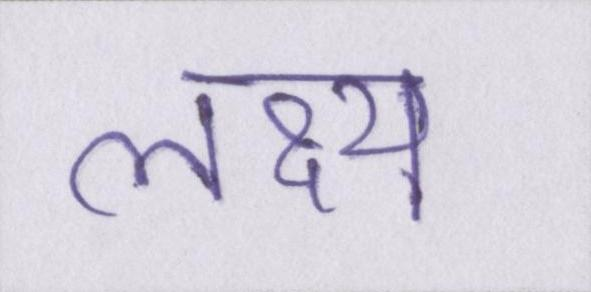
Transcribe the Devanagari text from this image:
लक्ष्य